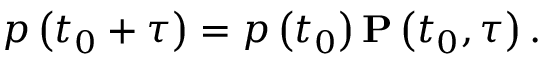
p \left( t _ { 0 } + \tau \right) = p \left( t _ { 0 } \right) \mathbf { P } \left( t _ { 0 } , \tau \right) .